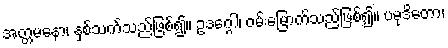
အတ္တမနော၊ နှစ်သက်သည်ဖြစ်၍။ ဥဒဂ္ဂေါ၊ ဝမ်းမြောက်သည်ဖြစ်၍။ ပမုဒိတော၊